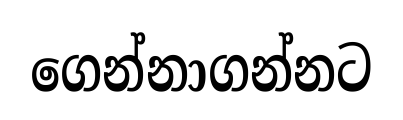
ගෙන්නාගන්නට